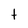
Character: t